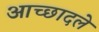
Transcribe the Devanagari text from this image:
आच्छादले